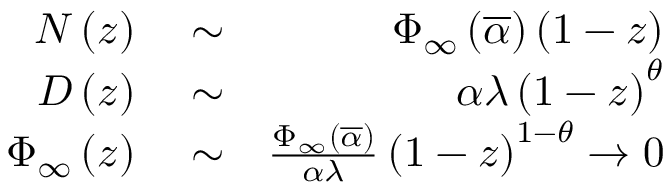
\begin{array} { r l r } { { \cal N } \left( z \right) } & { { } \sim } & { \Phi _ { \infty } \left( \overline { { \alpha } } \right) \left( 1 - z \right) } \\ { { \cal D } \left( z \right) } & { { } \sim } & { \alpha \lambda \left( 1 - z \right) ^ { \theta } } \\ { \Phi _ { \infty } \left( z \right) } & { { } \sim } & { \frac { \Phi _ { \infty } \left( \overline { { \alpha } } \right) } { \alpha \lambda } \left( 1 - z \right) ^ { 1 - \theta } \rightarrow 0 } \end{array}